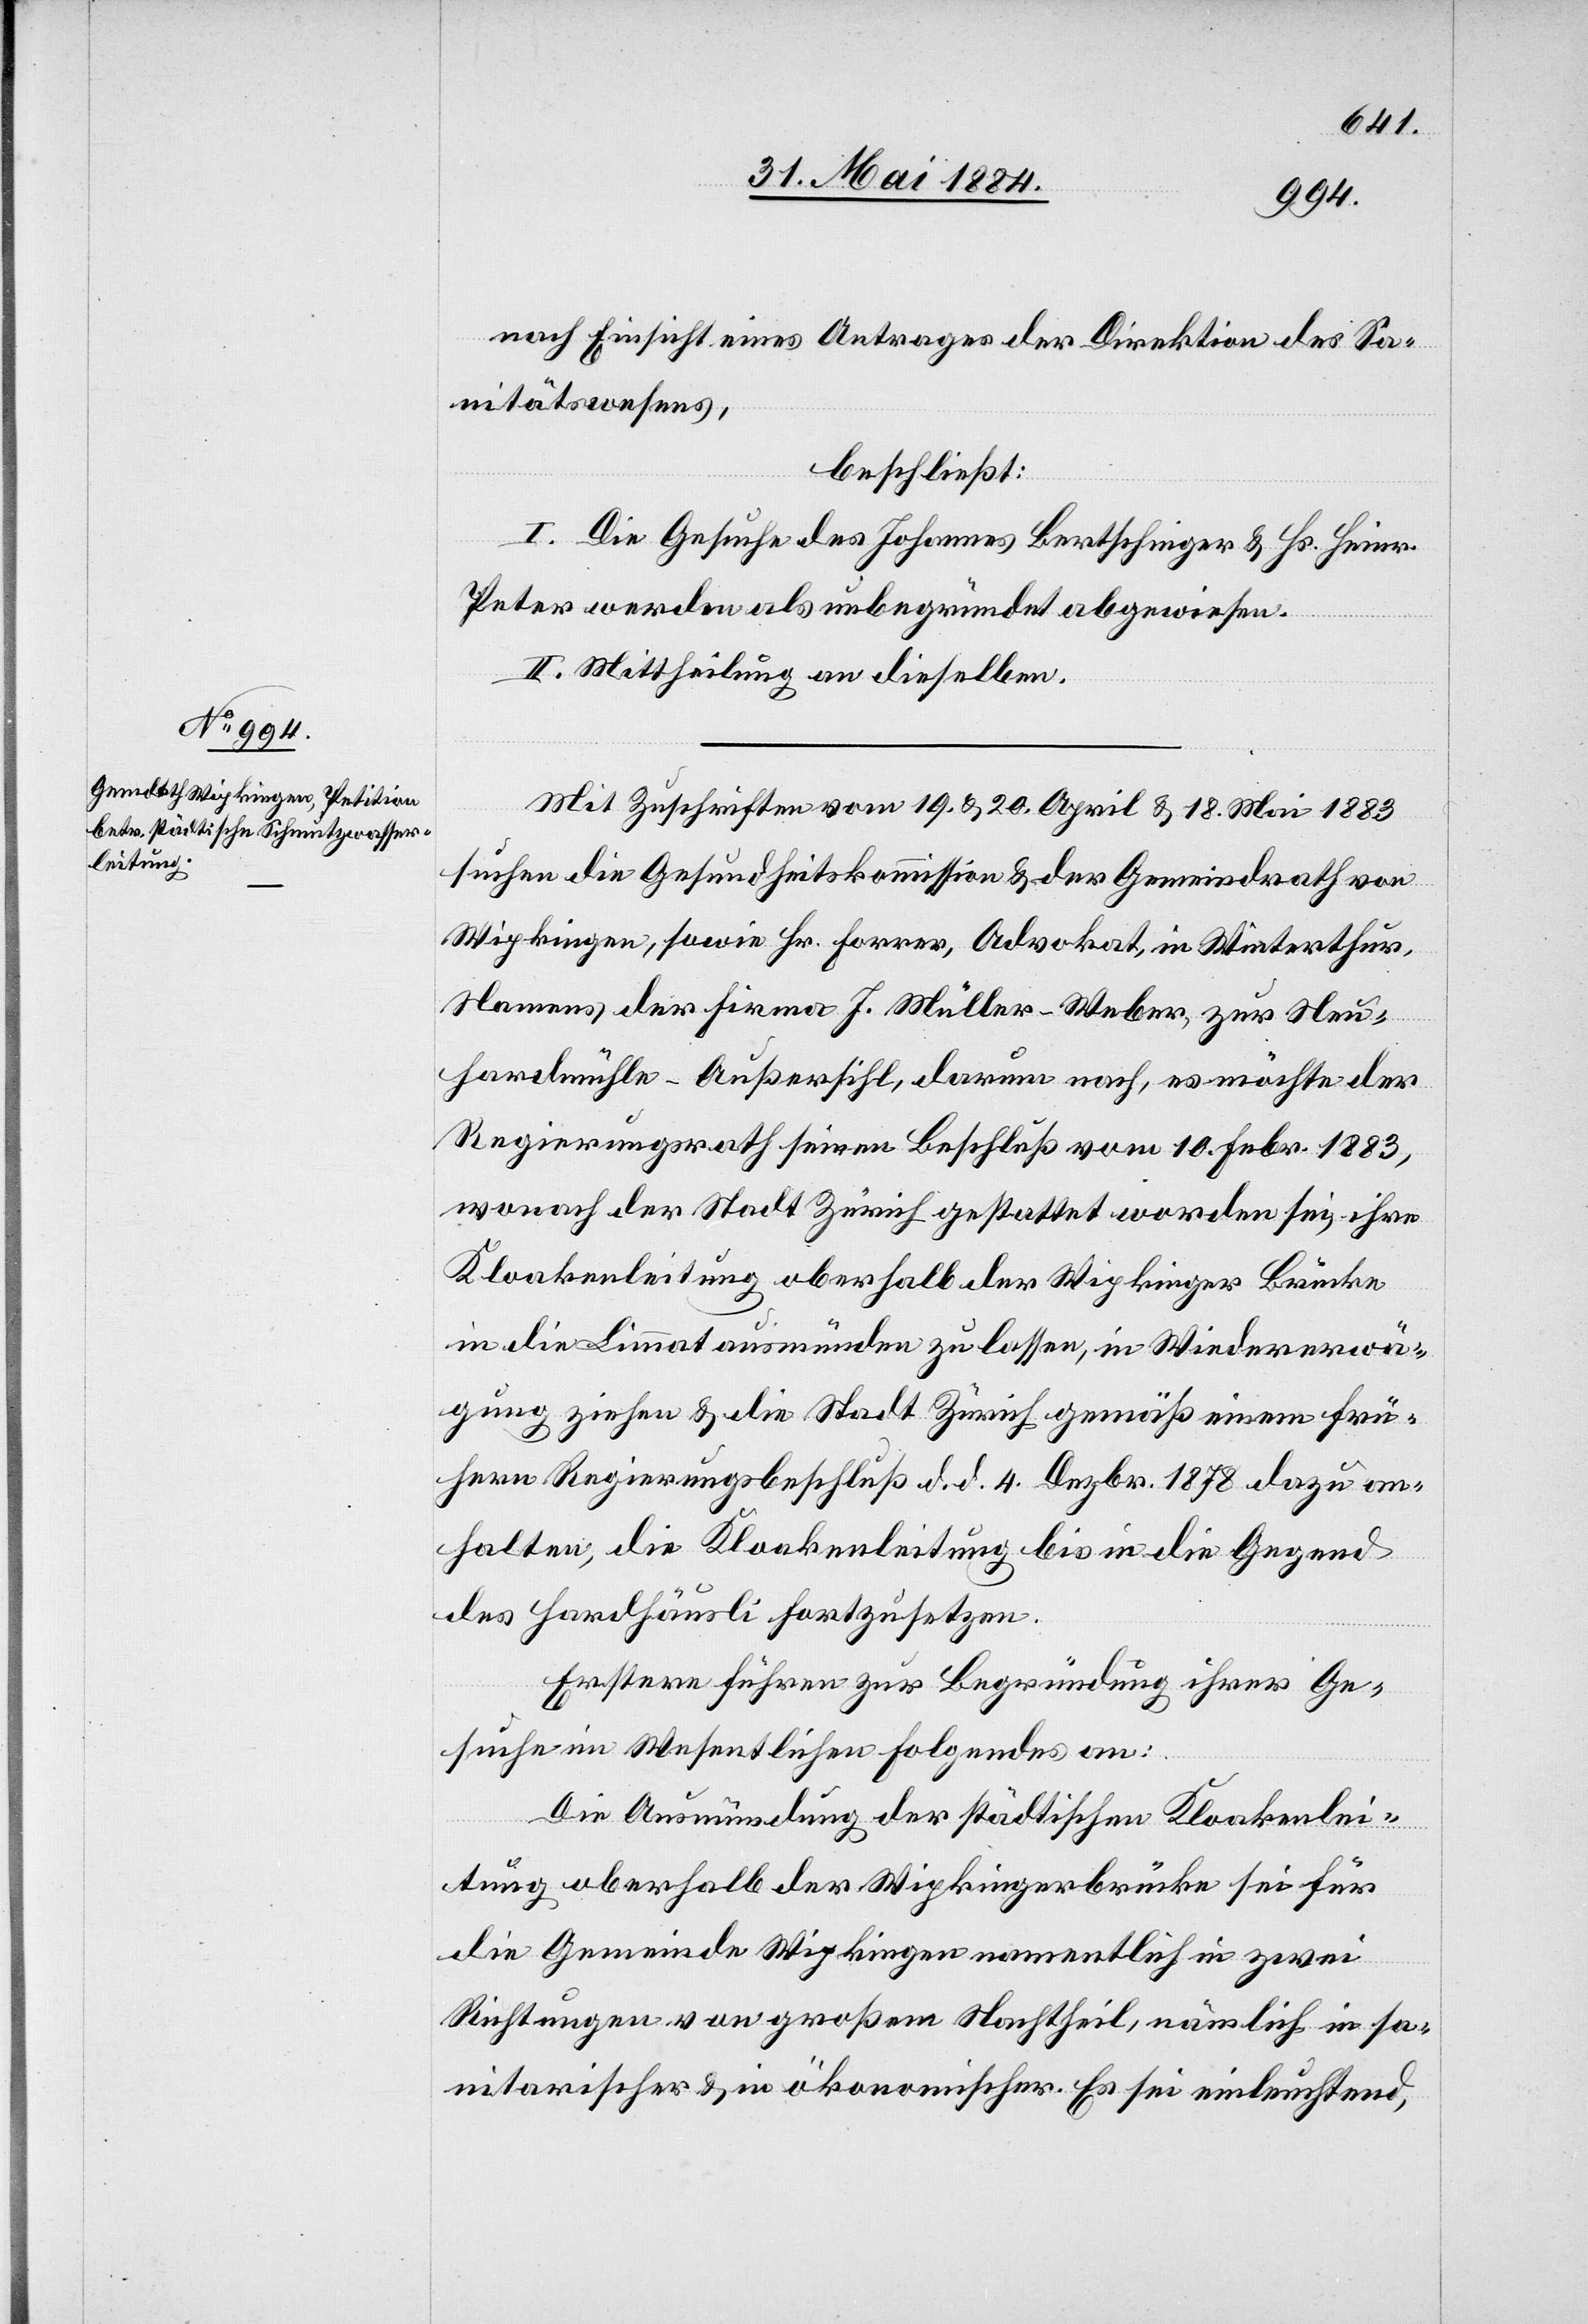
nach Einsicht eines Antrages der Direktion des Sa¬
nitätsrathes,
beschließt:
I. Die Gesuche des Johannes Bertschinger & Hs. Heinr.
Peter werden als unbegründet abgewiesen.
II. Mittheilung an dieselben.
Mit Zuschrift vom 19. & 20. April & 18. Mai 1883
suchen die Gesundheitskommission & der Gemeindrath von
Wipkingen, sowie Hr. Forrer, Advokat, in Winterthur
Namens der Firma J. Müller-Weber, zur Neu¬
hardmühle - Außersihl, darum nach, es möchte der
Regierungsrath seinen Beschluß vom 10. Febr. 1883,
wonach der Stadt Zürich gestattet worden sei, ihre
Kloakenleitung oberhalb der Wipkinger Brücke
in die Limmat ausmünden zu lassen, in Wiedererwä¬
gung ziehen & die Stadt Zürich gemäß einem frü¬
hern Regierungsbeschluß d. d. 4. Dezbr. 1878 dazu an¬
halten, die Kloakenleitung bis in die Gegend
des Hardhäusli fortzusetzen.
Erstere führen zur Begründung ihres Ge¬
suches im Wesentlichen folgendes an:
Die Ausmündung der städtischen Kloakenlei¬
tung oberhalb der Wipkingerbrücke sei für
die Gemeinde Wipkingen namentlich in zwei
Richtungen von großem Nachtheil, nämlich in sa¬
nitarischer & in ökonomischer. Es sei einleuchtend,